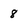
Character: 8